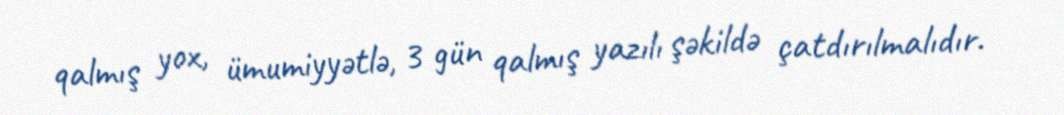
qalmış yox, ümumiyyətlə, 3 gün qalmış yazılı şəkildə çatdırılmalıdır.